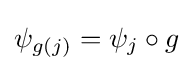
{\textstyle \psi _{g(j)}=\psi _{j}\circ g}